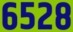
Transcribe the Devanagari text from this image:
६५२८